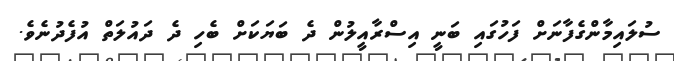
ސުލައިމާންގެފާނަށް ފަހުގައި ބަނީ އިސްރާއީލުން ދެ ބަޔަކަށް ބެހި ދެ ދައުލަތް އުފެދުނެވެ.